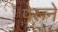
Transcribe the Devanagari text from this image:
पेरूने